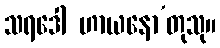
သရဒေါ ဟာယနော’တုသု။